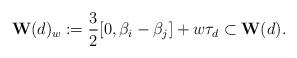
LaTeX: \begin{align*} \textbf{W}(d)_w:=\frac{3}{2}[0, \beta_i-\beta_j]+w\tau_d\subset \textbf{W}(d). \end{align*}